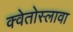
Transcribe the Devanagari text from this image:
क्वेतोस्लावा